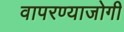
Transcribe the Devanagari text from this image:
वापरण्याजोगी